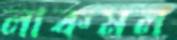
লাকমল